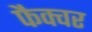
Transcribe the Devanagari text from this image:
फैक्चर